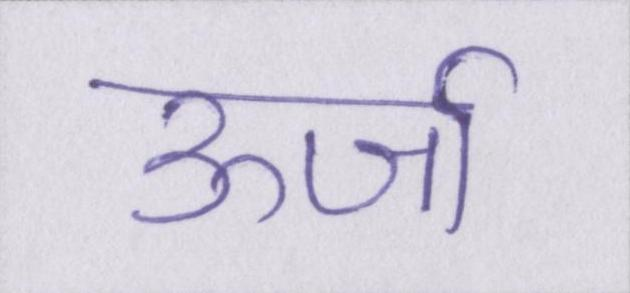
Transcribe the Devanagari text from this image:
ऊर्जा